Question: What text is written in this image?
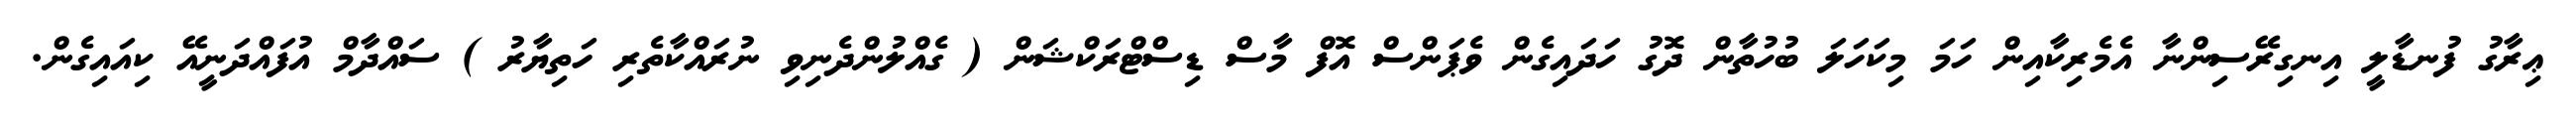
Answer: ޢިރާގު ފުނޑާލީ އިނގިރޭސިންނާ އެމެރިކާއިން ހަމަ މިކަހަލަ ބުހުތާން ދޮގު ހަދައިގެން ވެޕަންސް އޮފް މާސް ޑިސްޓްރަކްޝަން ( ގެއްލުންދެނިވި ނުރައްކާތެރި ހަތިޔާރު ) ސައްދާމް އުފައްދަނީއޭ ކިއައިގެން.